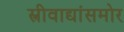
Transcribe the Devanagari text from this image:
स्त्रीवाद्यांसमोर